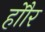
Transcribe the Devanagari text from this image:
होौर